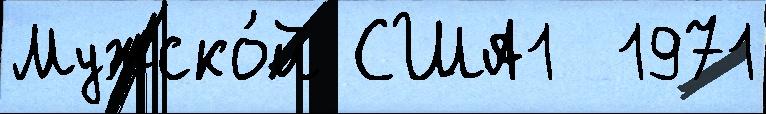
Мужско́й США1  1971